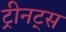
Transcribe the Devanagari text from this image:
ट्रीनट्स